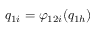
q _ { 1 i } = \varphi _ { 1 2 i } ( q _ { 1 h } )